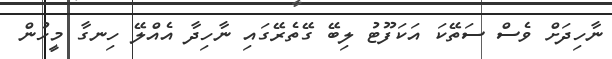
ނާހިދަށް ވެސް ސަތޭކަ އަކަފޫޓު ލިބޭ ގޭތެރޭގައި ނާހިދާ އެއްލޭ ހިނގާ މީހުން